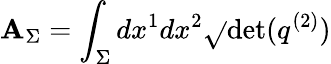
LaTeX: \mathbf{A}_{\Sigma}=\int_{\Sigma}dx^{1}dx^{2}{\sqrt{}{{\operatorname*{det}(q^{(2)})}}}